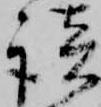
談